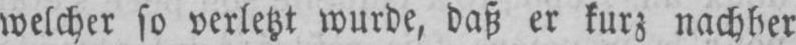
welcher so verletzt wurde, daß er kurz nachber